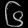
Digit: ၆